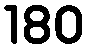
180